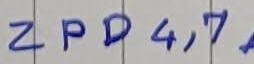
Text: ZPD4,7